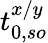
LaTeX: t_{0,so}^{x/y}